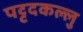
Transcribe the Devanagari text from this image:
पट्टदकल्लु